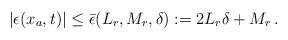
LaTeX: \begin{align*}&|\epsilon(x_a,t)|\le \bar \epsilon(L_r,M_r, \delta):=2 L_r \delta + M_r \,.\end{align*}